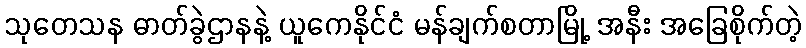
သုတေသန ဓာတ်ခွဲဌာနနဲ့ ယူကေနိုင်ငံ မန်ချက်စတာမြို့ အနီး အခြေစိုက်တဲ့